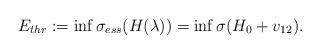
LaTeX: \begin{align*} E_{thr} := \inf \sigma_{ess} (H(\lambda)) = \inf \sigma (H_0 + v_{12}) . \end{align*}